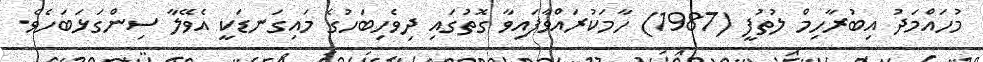
މުހައްމަދު އިބުރާހިމް ލުތުފީ (1987) ހާމަކުރައްވާފައިވާ ގޮތުގައި ދިވެހިބަހުގެ މައިގަނޑަކީ އެވޭލާ ސިންގަޅަބަހެވެ.